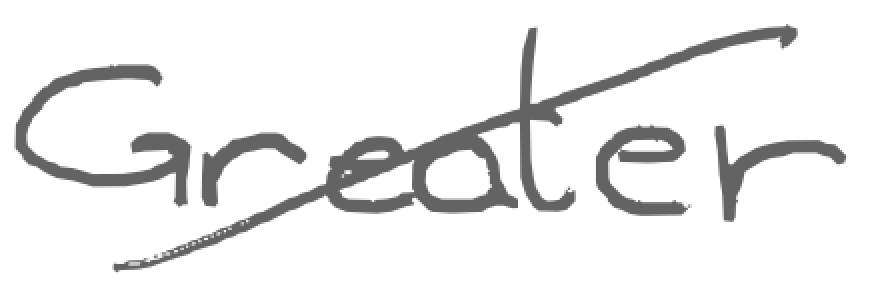
Text: Greater
Cross-out: diagonal
Writing tool: digital_gray